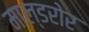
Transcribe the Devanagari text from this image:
माल्डरोर